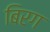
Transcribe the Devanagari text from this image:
बिरग